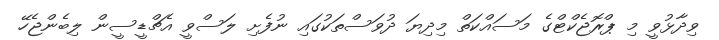
ވިދާޅުވީ މި ޕްރޮޖެކްޓްގެ މަސައްކަތް މިދިޔަ ދުވަސްތަކުގައި ނުފެށި ލަސްވީ އެޗްޑީސީން ލިބެންޖެހޭ